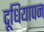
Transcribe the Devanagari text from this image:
दूधियापन